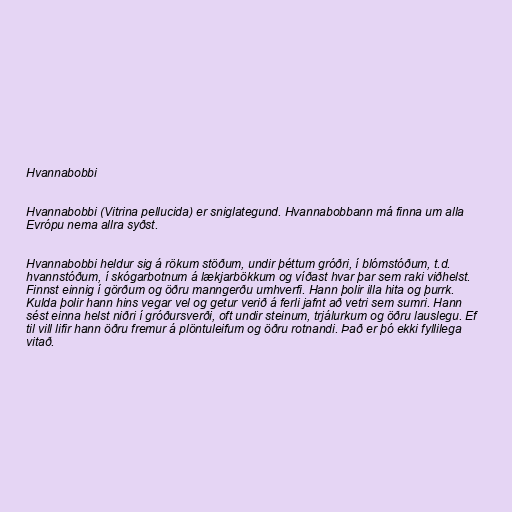
Hvannabobbi

Hvannabobbi (Vitrina pellucida) er sniglategund. Hvannabobbann má finna um alla
Evrópu nema allra syðst.

Hvannabobbi heldur sig á rökum stöðum, undir þéttum gróðri, í blómstóðum, t.d.
hvannstóðum, í skógarbotnum á lækjarbökkum og víðast hvar þar sem raki viðhelst.
Finnst einnig í görðum og öðru manngerðu umhverfi. Hann þolir illa hita og þurrk.
Kulda þolir hann hins vegar vel og getur verið á ferli jafnt að vetri sem sumri. Hann
sést einna helst niðri í gróðursverði, oft undir steinum, trjálurkum og öðru lauslegu. Ef
til vill lifir hann öðru fremur á plöntuleifum og öðru rotnandi. Það er þó ekki fyllilega
vitað.